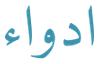
ادواء